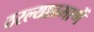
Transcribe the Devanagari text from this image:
ठरल्याप्रमाणें